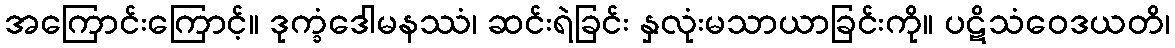
အကြောင်းကြောင့်။ ဒုက္ခံဒေါမနဿံ၊ ဆင်းရဲခြင်း နှလုံးမသာယာခြင်းကို။ ပဋိသံဝေဒယတိ၊